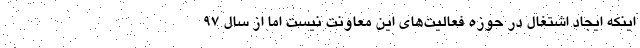
اینکه ایجاد اشتغال در حوزه فعالیت‌های این معاونت نیست اما از سال ۹۷